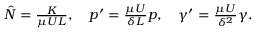
\begin{array} { r } { \hat { N } = \frac { K } { \mu U L } , \quad p ^ { \prime } = \frac { \mu U } { \delta L } p , \quad \gamma ^ { \prime } = \frac { \mu U } { \delta ^ { 2 } } \gamma . } \end{array}